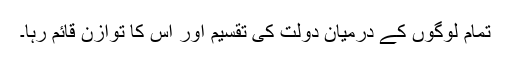
تمام لوگوں کے درمیان دولت کی تقسیم اور اس کا توازن قائم رہا۔